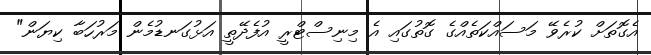
އެގޮތަށް ކުރެވޭ މަސައްކަތެއްގެ ގޮތުގައި އެ މިނިސްޓްރީ އުފެދޭތީ އަޅުގަނޑުމެން މަރުހަބާ ކިޔަން"